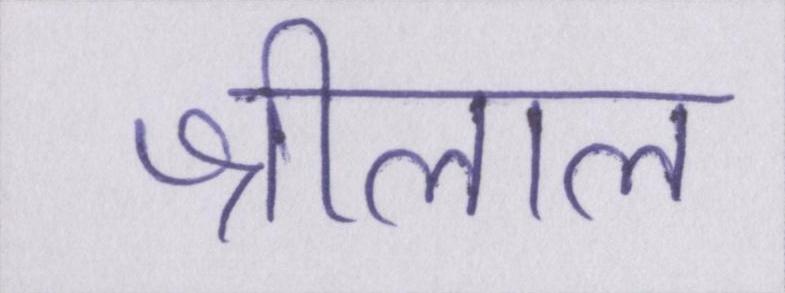
श्रीलाल